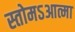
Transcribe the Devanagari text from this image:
स्तोमऽआत्मा